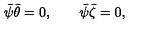
\bar { \psi } \bar { \theta } = 0 , \qquad \bar { \psi } \bar { \zeta } = 0 ,